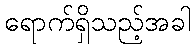
ရောက်ရှိသည့်အခါ